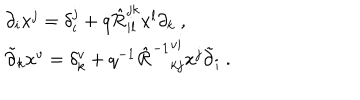
\begin{array} { l } { { \partial _ { i } x ^ { j } = \delta _ { i } ^ { j } + q \hat { \cal R } _ { i l } ^ { j k } x ^ { l } \partial _ { k } ~ , } } \\ { { \tilde { \partial } _ { k } x ^ { v } = \delta _ { k } ^ { v } + q ^ { - 1 } \left. \hat { \cal R } ^ { - 1 } \right. _ { k j } ^ { v i } x ^ { j } \tilde { \partial } _ { i } ~ . } } \\ \end{array}